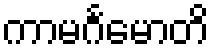
ကာမင်္ဂမောတိ